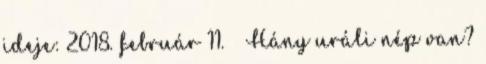
ideje: 2018. február 11. ↑ Hány uráli nép van?